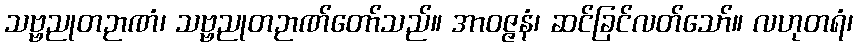
သဗ္ဗညုတဉာဏံ၊ သဗ္ဗညုတဉာဏ်တော်သည်။ အာဝဇ္ဇနံ၊ ဆင်ခြင်လတ်သော်။ လဟုတရံ၊